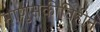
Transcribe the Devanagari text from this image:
माणुसकीविहीन